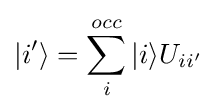
|i'\rangle =\sum _{i}^{occ}|i\rangle U_{ii'}